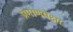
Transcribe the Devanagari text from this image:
प्रमाणपेक्षा